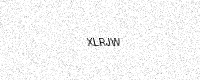
Text: XLRJW